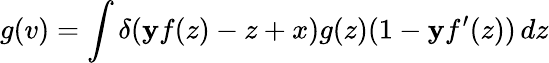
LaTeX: g(v)=\int\delta(\mathbf{y}f(z)-z+x)g(z)(1-\mathbf{y}f^{\prime}(z))\, dz